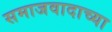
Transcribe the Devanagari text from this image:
समाजवादाच्या